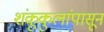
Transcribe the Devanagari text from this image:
शंकूकुलांपासून